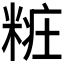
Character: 𰫁